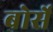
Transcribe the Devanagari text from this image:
बोर्से